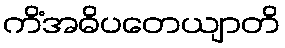
ကိံအဓိပတေယျာတိ